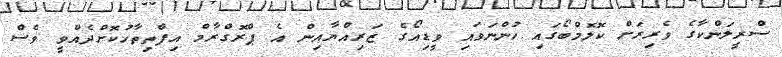
ސްރީލަންކާގެ ވެރިރަށް ކޮލޮމްބޯގައި ހުންނަވައި ވީޑިއޯގެ ޒަރިއްޔާއިން އެ ޕްރޮގްރާމް އިފްތިތާހުކޮށްދެއްވީ ވެސް